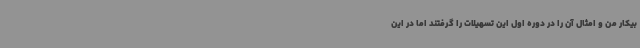
بیکار من و امثال آن را در دوره اول این تسهیلات را گرفتند اما در این